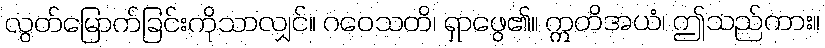
လွတ်မြောက်ခြင်းကိုသာလျှင်။ ဂဝေသတိ၊ ရှာဖွေ၏။ ဣတိအယံ၊ ဤသည်ကား။